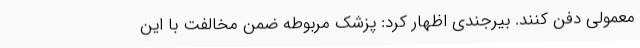
معمولی دفن کنند. بیرجندی اظهار کرد: پزشک مربوطه ضمن مخالفت با این